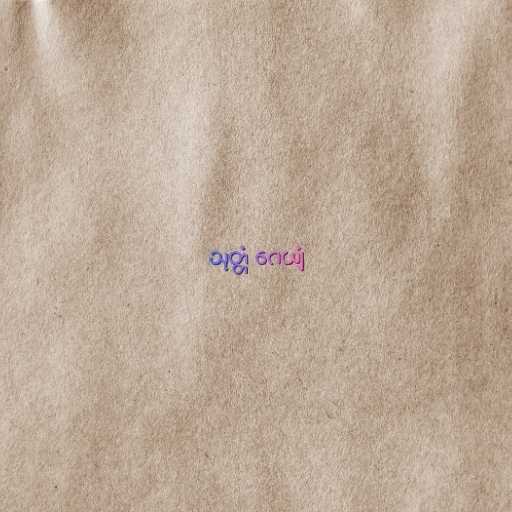
သုတ္တံ ဂေယျံ